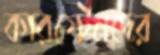
কারস্টেনদের